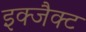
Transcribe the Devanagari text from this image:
इक्जैक्ट